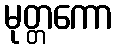
မုတ္တကော